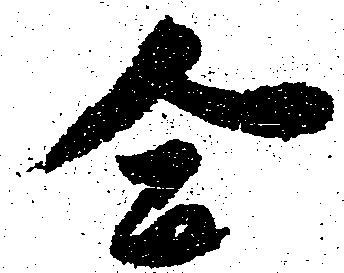
合